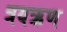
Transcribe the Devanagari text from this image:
त्रयऋण